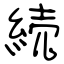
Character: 続